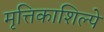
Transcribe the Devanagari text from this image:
मृत्तिकाशिल्पे